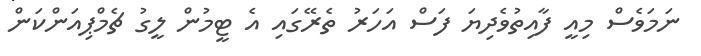
ނަމަވެސް މިއީ ފާއިތުވެދިޔަ ފަސް އަހަރު ތެރޭގައި އެ ޓީމުން ލީގު ޗެމްޕިއަންކަން